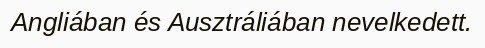
Angliában és Ausztráliában nevelkedett.